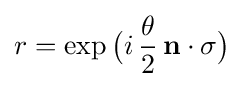
r=\exp {\big (}i\,{\frac {\theta }{2}}\,\mathbf {n} \cdot \mathbf {\sigma } {\big )}